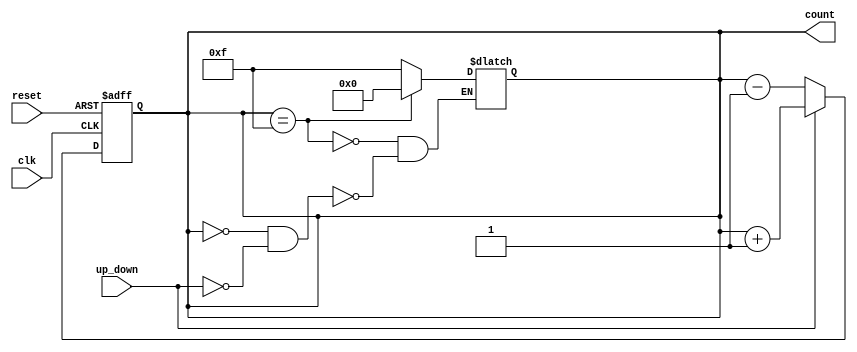
module up_down_counter (
    input wire clk,          // Clock signal
    input wire reset,        // Asynchronous reset
    input wire up_down,      // Control signal: 1 for up, 0 for down
    output reg [3:0] count   // 4-bit current count value
);

// Asynchronous reset and counting logic
always @(posedge clk or posedge reset) begin
    if (reset) begin
        count <= 4'b0000;   // Reset the counter to 0
    end else begin
        if (up_down) begin
            count <= count + 1; // Increment the counter
        end else begin
            count <= count - 1; // Decrement the counter
        end
    end
end

// Wrap around logic
always @(count) begin
    if (count == 4'b1111) begin
        count <= 4'b0000; // Wrap around on overflow
    end else if (count == 4'b0000 && !up_down) begin
        count <= 4'b1111; // Wrap around on underflow
    end
end

endmodule